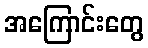
အကြောင်းတွေ